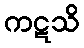
ကဋသိ